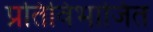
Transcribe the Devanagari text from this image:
प्रतिविभाजित